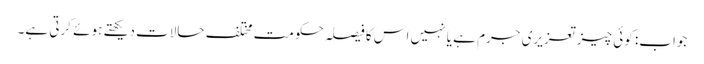
جواب: کوئی چیز تعزیری جرم ہے یا نہیں اس کا فیصلہ حکومت مختلف حالات دیکھتے ہوئے کرتی ہے۔